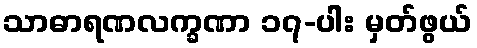
သာဓာရဏလက္ခဏာ ၁၇-ပါး မှတ်ဖွယ်